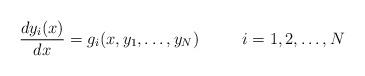
LaTeX: \begin{align*}\frac{d y_i(x)}{dx}=g_i(x,y_1,\ldots,y_N) \ \ \ \ \ \ \ \ i=1,2,\ldots,N\end{align*}